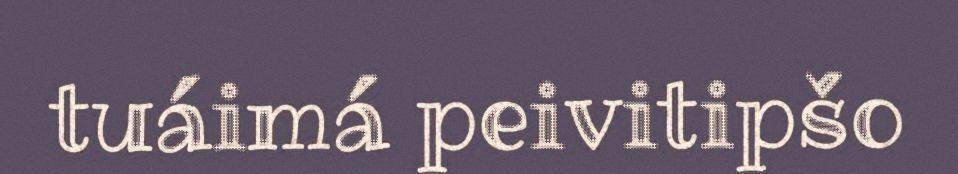
tuáimá peivitipšo